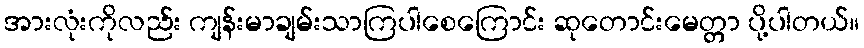
အားလုံးကိုလည်း ကျန်းမာချမ်းသာကြပါစေကြောင်း ဆုတောင်းမေတ္တာ ပို့ပါတယ်။